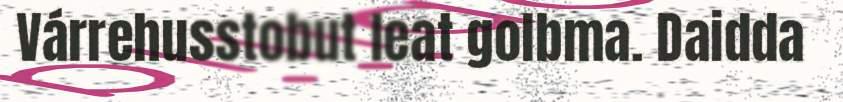
Várrehusstobut leat golbma. Daidda